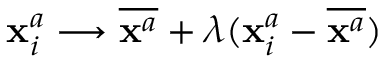
\mathbf { x } _ { i } ^ { a } \longrightarrow \overline { { \mathbf { x } ^ { a } } } + \lambda ( \mathbf { x } _ { i } ^ { a } - \overline { { \mathbf { x } ^ { a } } } )